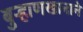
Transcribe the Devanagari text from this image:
बुर्‍हाणखानाने